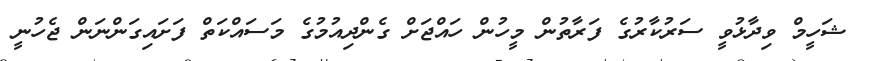
ޝަހީމް ވިދާޅުވީ ސަރުކާރުގެ ފަރާތުން މީހުން ހައްޖަށް ގެންދިއުމުގެ މަސައްކަތް ފަށައިގަންނަން ޖެހުނީ